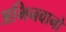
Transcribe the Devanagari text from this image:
अभिनवानो